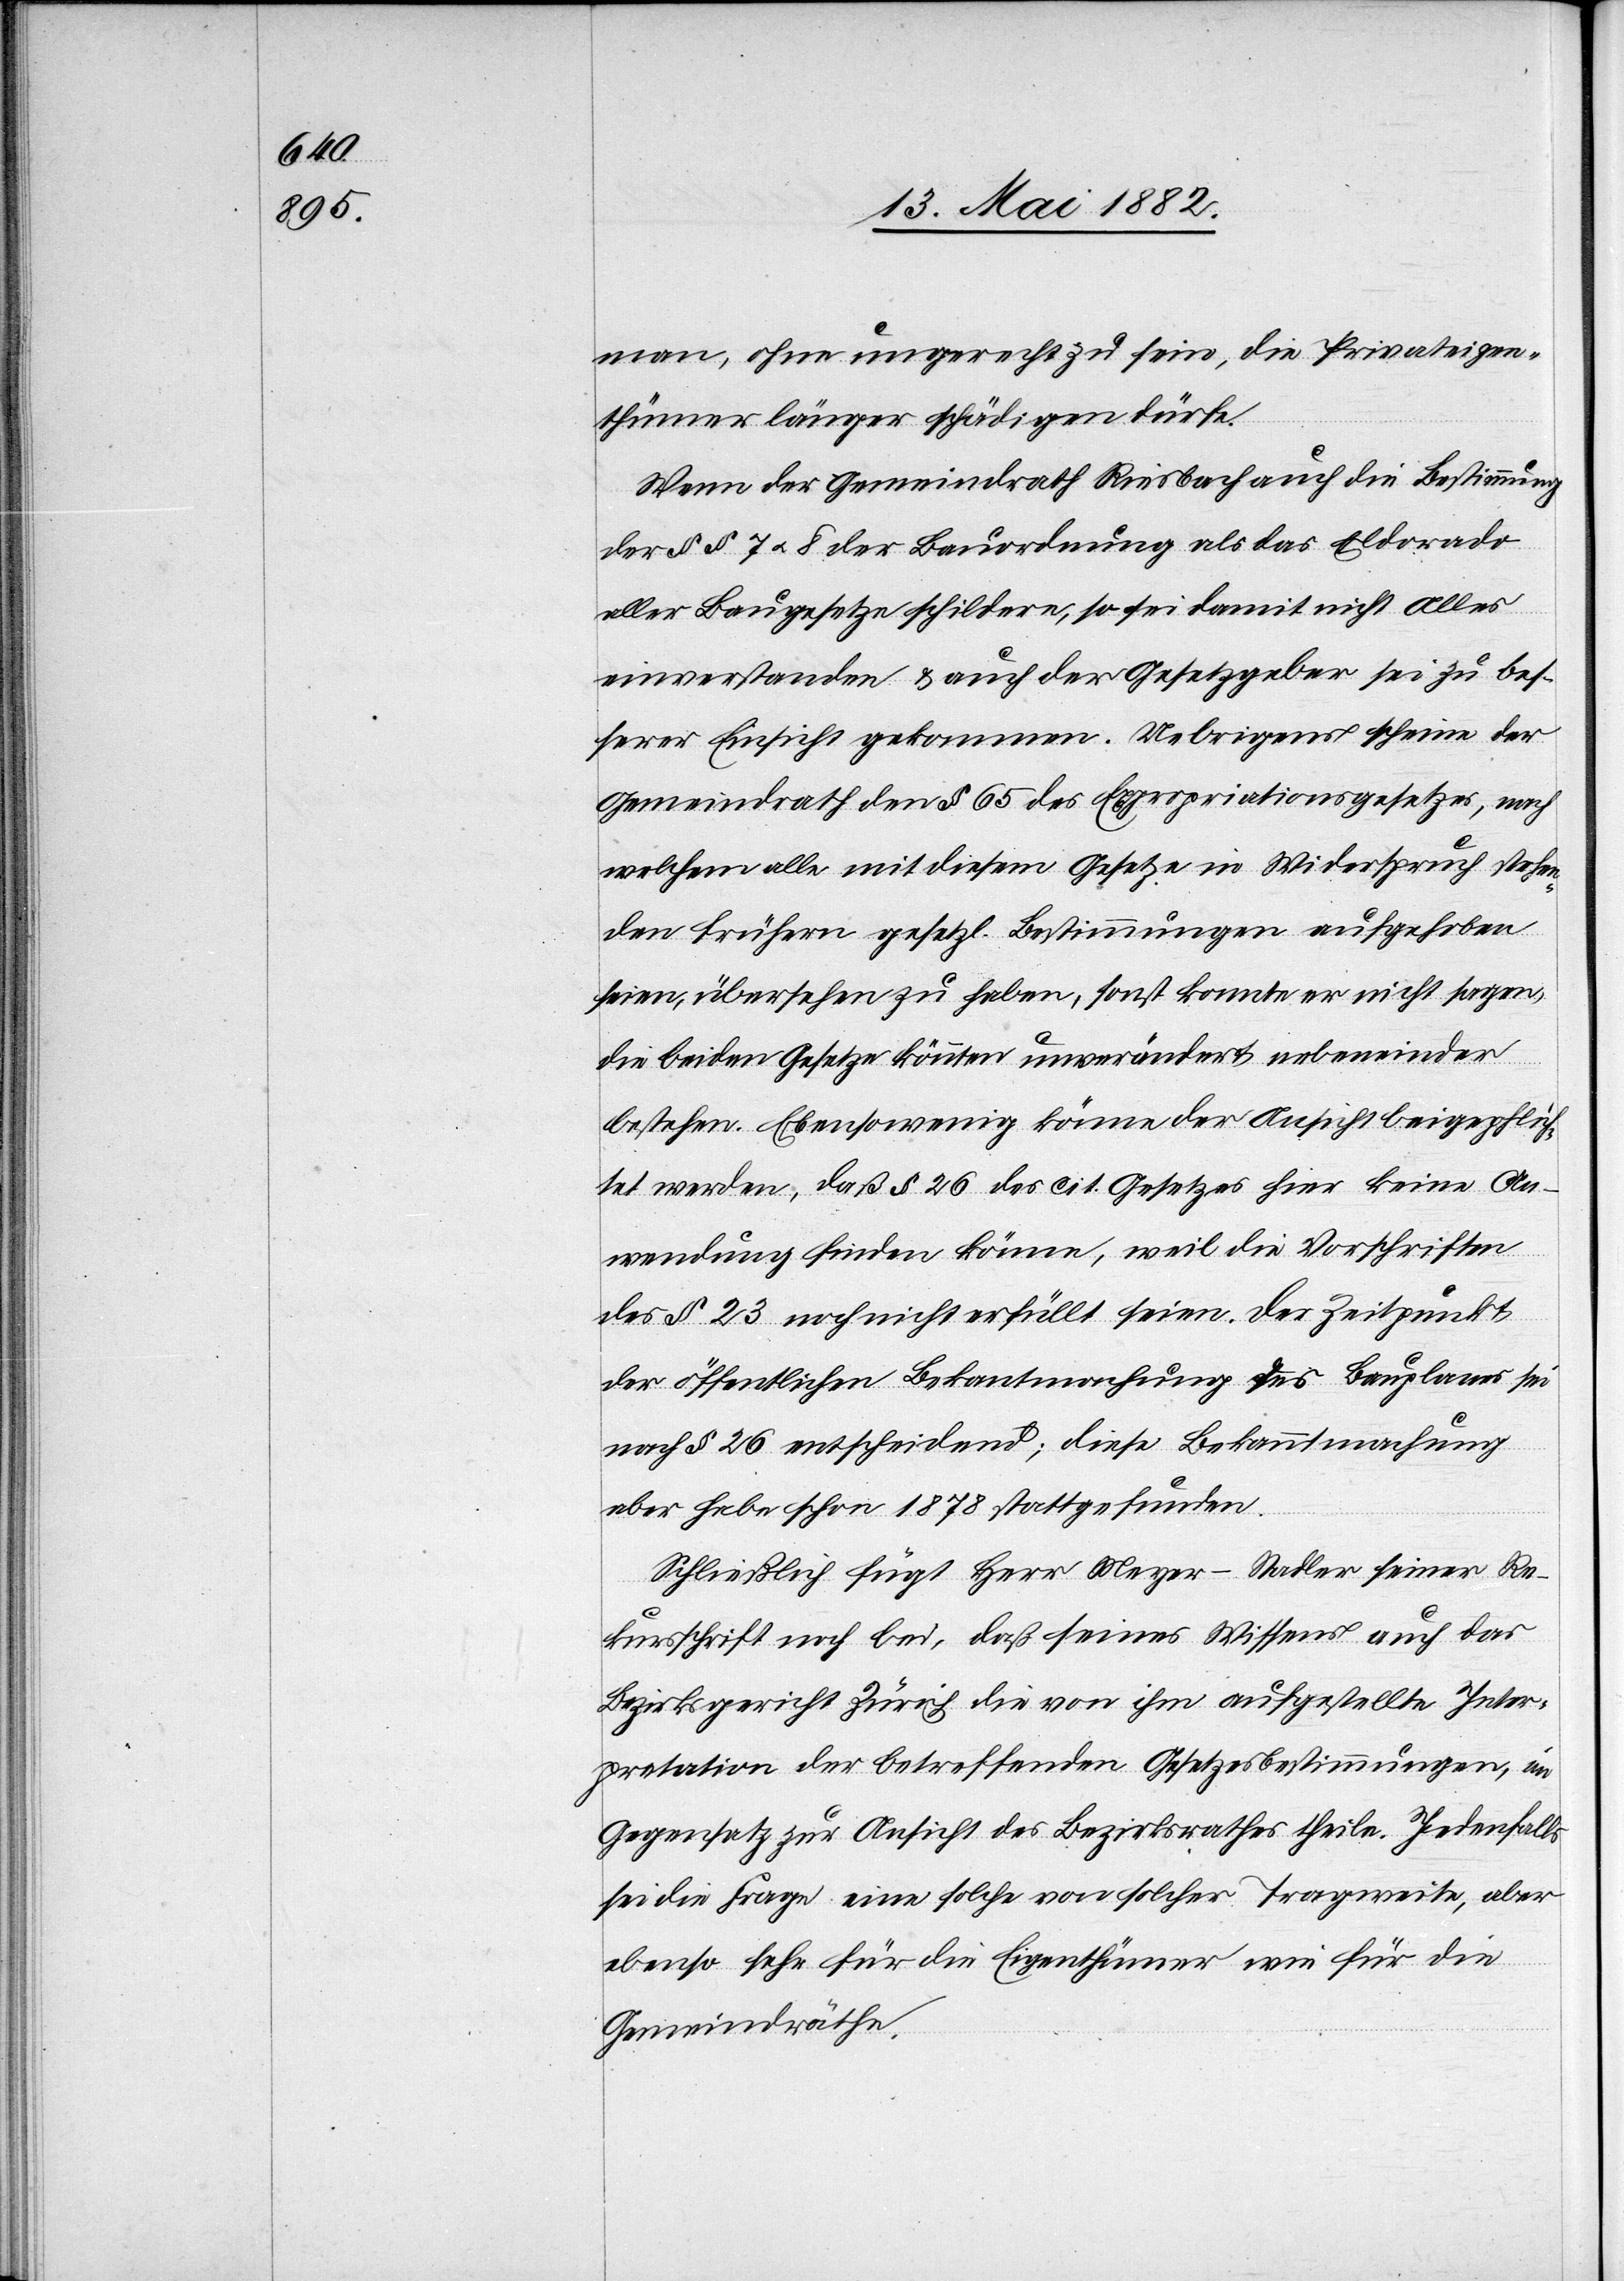
man, ohne ungerecht zu sein, die Privateigen¬
thümer länger schädigen dürfe.
Wenn der Gemeindrath Riesbach auch die Bestimmung
der §§ 7 u. 8 der Bauordnung als das Eldorado
aller Baugesetze schildere, so sei damit nicht Alles
einverstanden & auch der Gesetzgeber sei zu bes¬
serer Einsicht gekommen. Uebrigens scheine der
Gemeindrath den § 65 des Expropriationsgesetzes, nach
welchem alle mit diesem Gesetze in Widerspruch stehen¬
den frühern gesetzl. Bestimmungen aufgehoben
seien, übersehen zu haben, sonst könnte er nicht sagen,
die beiden Gesetze könnten unverändert nebeneinander
bestehen. Ebensowenig könne der Ansicht beigepflich¬
tet werden, daß § 26 des cit. Gesetzes hier keine An¬
wendung finden könne, weil die Vorschriften
des § 23 noch nicht erfüllt seien. Der Zeitpunkt
der öffentlichen Bekanntmachung des Bauplanes sei
nach § 26 entscheidend; diese Bekanntmachung
aber habe schon 1878 stattgefunden.
Schließlich fügt Herr Meyer-Stadler seiner Re¬
kursschrift noch bei, daß seines Wissens auch das
Bezirksgericht Zürich die von ihm aufgestellte Inter¬
pretation der betreffenden Gesetzesbestimmungen, im
Gegensatz zur Ansicht des Bezirksrathes theile. Jedenfalls
sei die Frage eine solche von solcher Tragweite, aber
ebenso sehr für die Eigenthümer wie für die
Gemeindräthe.